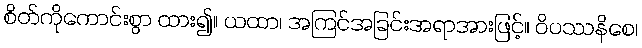
စိတ်ကိုကောင်းစွာ ထား၍။ ယထာ၊ အကြင်အခြင်းအရာအားဖြင့်။ ဝိပဿနိစေ၊